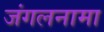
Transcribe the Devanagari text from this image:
जंगलनामा